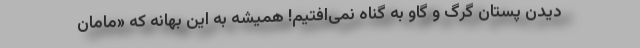
دیدن پستان گرگ و گاو به گناه نمی‌افتیم! همیشه به این بهانه که «مامان